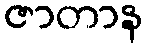
ဇာတာန